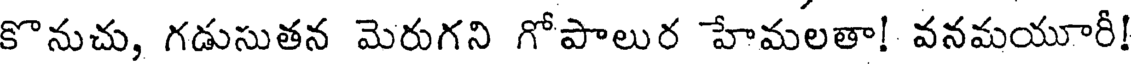
కొనుచు, గడుసుతన మెరుగని గోపాలుర హేమలతా! వనమయూరీ!